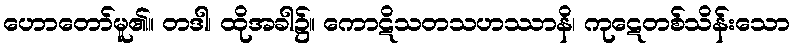
ဟောတော်မူ၏။ တဒါ၊ ထိုအခါ၌။ ကောဋိသတသဟဿာနိ၊ ကုဋေတစ်သိန်းသော